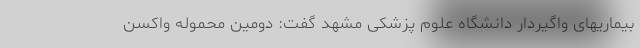
بیماریهای واگیردار دانشگاه علوم پزشکی مشهد گفت: دومین محموله واکسن